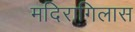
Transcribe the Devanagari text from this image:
मदिरागिलास